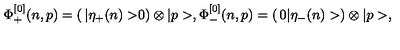
\Phi _ { + } ^ { [ 0 ] } ( n , p ) = \left( \begin{matrix} { | \eta _ { + } ( n ) > } \\ { 0 } \\ \end{matrix} \right) \otimes | p > , \Phi _ { - } ^ { [ 0 ] } ( n , p ) = \left( \begin{matrix} { 0 } \\ { | \eta _ { - } ( n ) > } \\ \end{matrix} \right) \otimes | p > ,